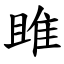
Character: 雎